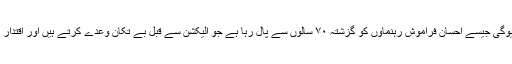
یہ ایک قومی سانحہ ہے کہ ملک یوگی جیسے احسان فراموش رہنماوں کو گزشتہ ۷۰ سالوں سے پال رہا ہے جو الیکشن سے قبل بے تکان وعدے کرتے ہیں اور اقتدار میں آتے ہی سب بھول جاتے ہیں ۔